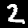
Label: 2